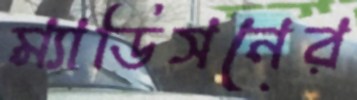
ম্যাডিসনের